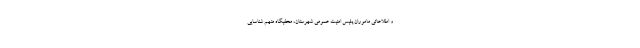
و اطلاعاتی ماموران پلیس امنیت عمومی شهرستان، مخفیگاه متهم شناسایی